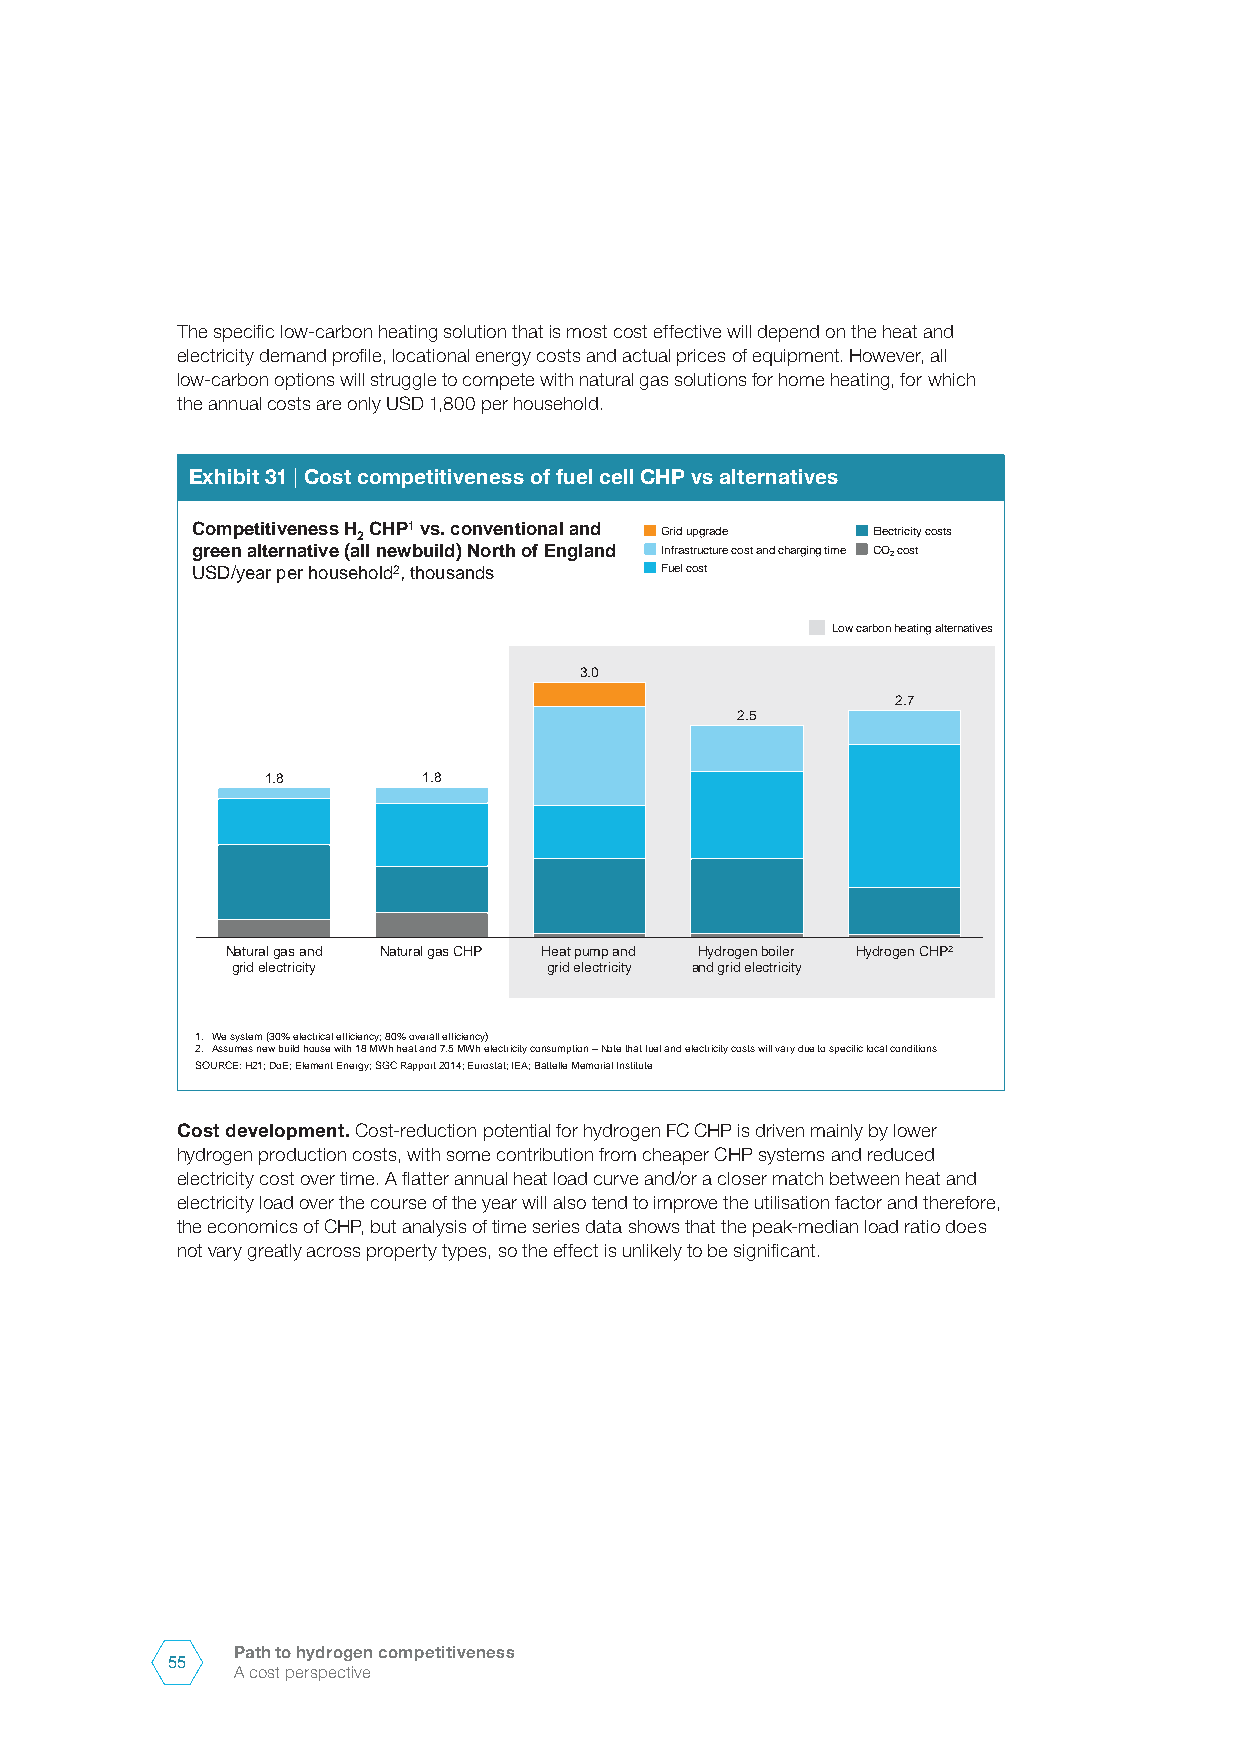
The specific low-carbon heating solution that is most cost effective will depend on the heat and
 electricity demand profile, locational energy costs and actual prices of equipment. However, all
 low-carbon options will struggle to compete with natural gas solutions for home heating, for which
 the annual costs are only USD 1,800 per household.
 Exhibit 31 | Cost competitiveness of fuel cell CHP vs alternatives
 Competitiveness H 2CHP1vs. conventional and Grid upgrade Electricity costs
 green alternative (all newbuild) North of England Infrastructure cost and charging time CO2cost
 USD/year per household2, thousands Fuel cost
 Low carbon heating alternatives
 3.0
 2.7
 2.5
 1.8       1.8
 Natural gas and Natural gas CHP Heat pump and Hydrogen boiler Hydrogen CHP2
 grid electricity     grid electricity and grid electricity
 1. We system (30% electrical efficiency; 80% overall efficiency)
 2. Assumes new build house with 18 MWh heat and 7.5 MWh electricity consumption –Note that fuel and electricity costs will vary due to specific local conditions
 SOURCE: H21; DoE; Element Energy; SGC Rapport 2014; Eurostat; IEA; Battelle Memorial Institute
 Cost development. Cost-reduction potential for hydrogen FC CHP is driven mainly by lower
 hydrogen production costs, with some contribution from cheaper CHP systems and reduced
 electricity cost over time. A flatter annual heat load curve and/or a closer match between heat and
 electricity load over the course of the year will also tend to improve the utilisation factor and therefore,
 the economics of CHP, but analysis of time series data shows that the peak-median load ratio does
 not vary greatly across property types, so the effect is unlikely to be significant.
 Path to hydrogen competitiveness
 55
 A cost perspective